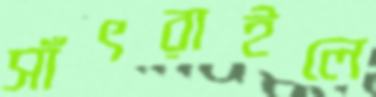
সাঁৎরাইলে